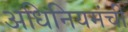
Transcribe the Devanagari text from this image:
अधिनियमंची